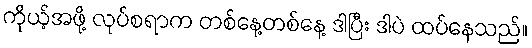
ကိုယ့်အဖို့ လုပ်စရာက တစ်နေ့တစ်နေ့ ဒါပြီး ဒါပဲ ထပ်နေသည်။